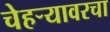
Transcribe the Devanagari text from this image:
चेहऱ्यावरचा